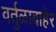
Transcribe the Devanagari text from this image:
वर्तुळाबाहेर